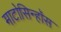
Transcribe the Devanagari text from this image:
माटोसिन्हॉस